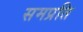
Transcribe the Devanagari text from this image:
समप्रति